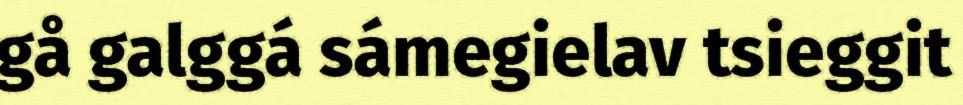
gå galggá sámegielav tsieggit